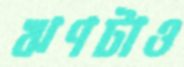
ঋণটাও